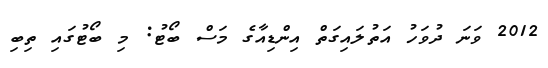
2012 ވަނަ ދުވަހު އަތުލައިގަތް އިންޑިއާގެ މަސް ބޯޓު: މި ބޯޓުގައި ތިބި